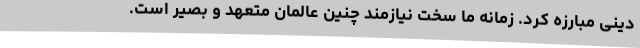
دینی مبارزه کرد. زمانه ما سخت نیازمند چنین عالمان متعهد و بصیر است.